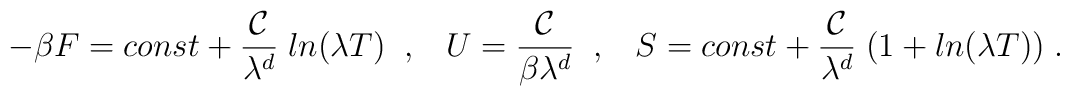
- \beta F = const + \frac{{\cal C}}{\lambda^d} \; ln (\lambda T) \; \; , \; \; \; U = \frac{{\cal C}}{\beta \lambda^d} \; \; , \; \; \; S =  const + \frac{{\cal C}}{\lambda^d} \; (1 + ln (\lambda T))  \; .